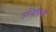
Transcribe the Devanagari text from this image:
डॉनॉवेनी